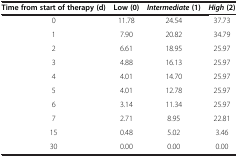
| Time from start of therapy (d) | Low (0) | Intermediate (1) | High (2) |
 | --- | --- | --- | --- |
 | 0 | 11.78 | 24.54 | 37.73 |
 | 1 | 7.90 | 20.82 | 34.79 |
 | 2 | 6.61 | 18.95 | 25.97 |
 | 3 | 4.88 | 16.13 | 25.97 |
 | 4 | 4.01 | 14.70 | 25.97 |
 | 5 | 4.01 | 12.78 | 25.97 |
 | 6 | 3.14 | 11.34 | 25.97 |
 | 7 | 2.71 | 8.95 | 22.81 |
 | 15 | 0.48 | 5.02 | 3.46 |
 | 30 | 0.00 | 0.00 | 0.00 |